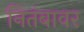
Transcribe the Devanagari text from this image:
नितंबावर